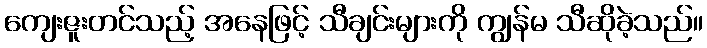
ကျေးဇူးတင်သည့် အနေဖြင့် သီချင်းများကို ကျွန်မ သီဆိုခဲ့သည်။